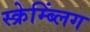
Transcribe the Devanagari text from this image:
स्क्रेम्ब्लिंग